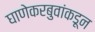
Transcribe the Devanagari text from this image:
घाणेकरबुवांकडून